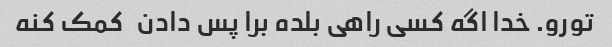
تورو. خدا اگه کسی راهی بلده برا پس دادن   کمک کنه